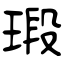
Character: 瑖